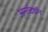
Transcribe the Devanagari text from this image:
अर्न्तदर्शन